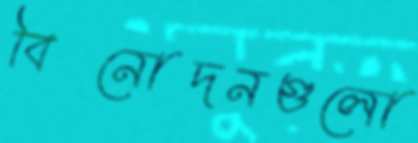
বিনোদনগুলো